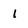
Character: 1